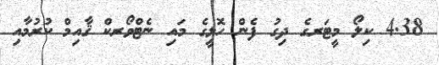
4.38 ކިލޯ މީޓަރގެ ދިގު ފެން ހޮޅީގެ މައި ނެޓްވޯރކް ޤާއިމް ކުރުމާއި